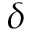
\delta